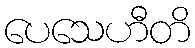
ပေသေဟီတိ